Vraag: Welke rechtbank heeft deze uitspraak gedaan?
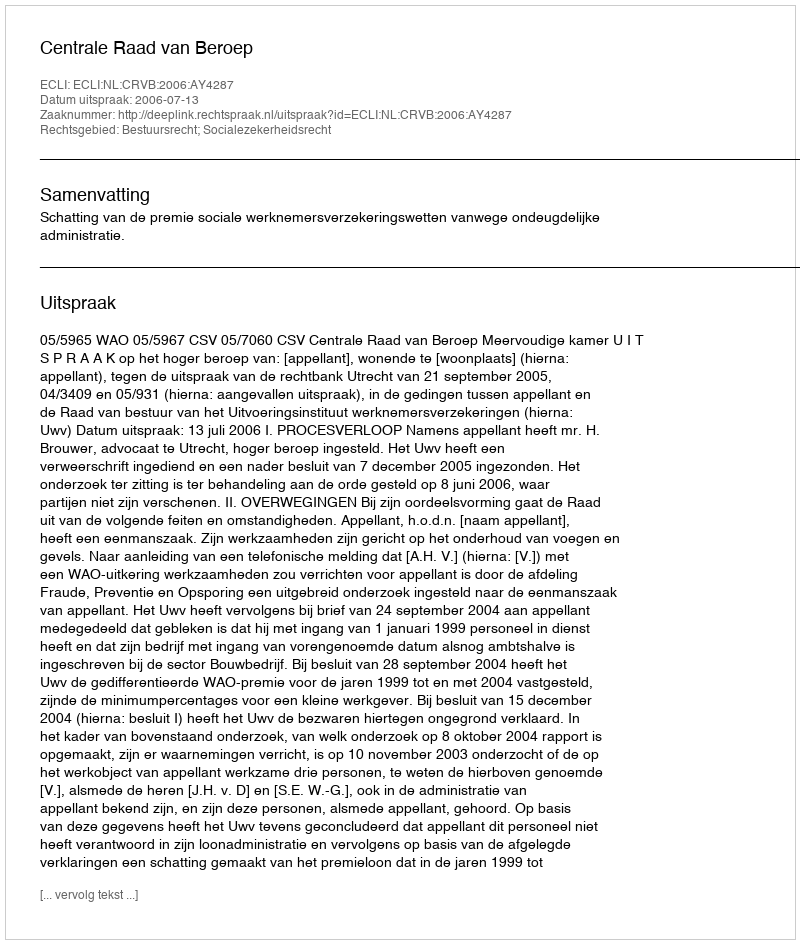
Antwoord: Centrale Raad van Beroep